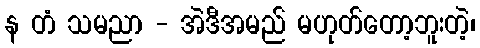
န တံ သမညာ - အဲဒီအမည် မဟုတ်တော့ဘူးတဲ့၊